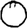
Digit: 0